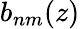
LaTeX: b_{nm}(z)